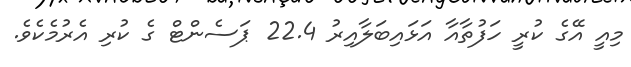
މިއީ އޭގެ ކުރީ ހަފުތާއާ އަޅައިބަލާއިރު 22.4 ޕަސެންޓް ގެ ކުރި އެރުމެކެވެ.